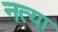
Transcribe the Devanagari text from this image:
नत्या